Calcutta medical institutions reports 1871-78
Year: 1871
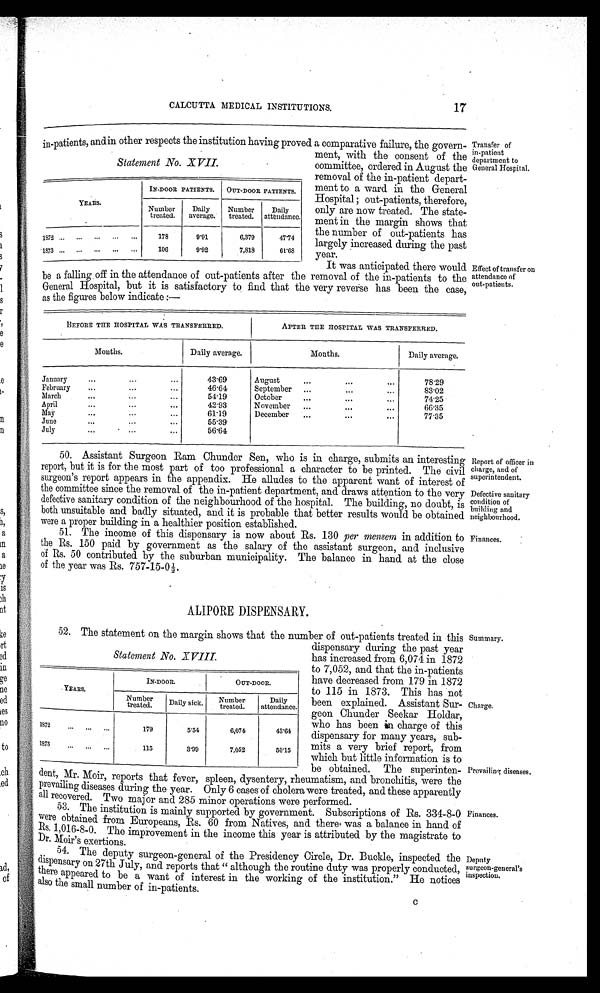
Report of officer in
charge, and of
superintendent.
Defective sanitary
condition of
building and
neighbourhood.
Finances.
CALCUTTA MEDICAL INSTITUTIONS.
17
-
Statement No. XVII.
YEARS.
IN-DOOR PATIENTS.
OUT-DOOR PATIENTS.
Number
treated.
Daily
average.
Number
treated.
Daily
attendance.
1872
178
9·91
6,379
47·74
1873
106
9·92
7,818
61·68
ment, with the consent of the
committee, ordered in August the
removal of the in-patient depart-
ment to a ward in the General
Hospital; out-patients, therefore,
only are now treated. The state-
ment in the margin shows that
the number of out-patients has
largely increased during the past
year.
It was anticipated there would
Transfer of
in-patient
department to
General Hospital.
Effect of transfer on
attendance of
out-patients.
be a falling off in the attendance of out-patients after the removal of the in-patients to
the
General Hospital, but it is satisfactory to find that the very reverse has been the case
,
as the figures below indicate:—
BEFORE THE HOSPITAL WAS TRANSFERRED.
AFTER THE HOSPITAL WAS TRANSFERRED.
Months.
Daily average.
Months.
Daily average.
January
43·69
August
78·29
February
46·64
September
83·02
March
54·19
October
74·25
April
42·93
November
66·35
May
61·19
December
77·35
June
55·39
July
56·64
50. Assistant Surgeon Ram Chunder Sen, who is in charge, submits an interesting
report, but it is for the most part of too professional a character to be printed. The civil
surgeon's report appears in the appendix. He alludes to the apparent want of interest of
the committee since the removal of the in-patient department, and draws attention to the very
defective sanitary condition of the neighbourhood of the hospital. The building, no doubt, is
both unsuitable and badly situated, and it is probable that better results would be obtained
were a proper building in a healthier position established.
51. The income of this dispensary is now about Rs. 130 per mensem in addition to
the Rs. 150 paid by government as the salary of the assistant surgeon, and inclusive
of Rs. 50 contributed by the suburban municipality. The balance in hand at the close
of the year was Rs. 757-15-0½.
ALIPORE DISPENSARY.
52. The statement on the margin shows that the number of out-patients treated in this
dispensary during the past year
has increased from 6,074 in 1872
to 7,052, and that the in-patients
have decreased from 179 in 1872
to 115 in 1873. This has not
been explained. Assistant Sur-
geon Chunder Seekar Holdar,
who has been in charge of this
dispensary for many years, sub-
mits a very brief report, from
which but little information is to
be obtained. The superinten--
dent, Mr. Moir, reports that fever, spleen, dysentery, rheumatism, and bronchitis, were the
prevailing diseases during the year. Only 6 cases of cholera were treated, and these apparently
all recovered. Two major and 285 minor operations were performed.
53. The institution is mainly supported by government. Subscriptions of Rs. 334-8-0
were obtained from Europeans, Rs. 60 from Natives, and there was a balance in hand of
Rs. 1,016-8-0. The improvement in the income this year is attributed by the magistrate to
Dr. Moir' s exertions.
54. The deputy surgeon-general of the Presidency Circle, Dr. Buckle, inspected the
dispensary on 27th July, and reports that "although the routine duty was properly conducted,
there appeared to be a want of interest in the working of the institution." He notices
also the small number of in-patients.
c
Statement No. XVIII.
YEARS.
IN-DOOR.
OUT-DOOR.
Number
treated.
Daily sick.
Number
treated.
Daily
attendance
1872
179
5·54
6,074
43·64
1873
115
3·99
7,052
50·15
Summary.
Charge.
Prevailing diseases.
Finances.
Deputy
surgeon-general's
inspection.